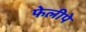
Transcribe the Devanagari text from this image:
फेलीपे